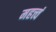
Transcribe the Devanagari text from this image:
महत्त्वं